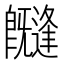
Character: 𭥊